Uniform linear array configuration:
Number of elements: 4
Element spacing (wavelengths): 0.5
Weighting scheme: cosine
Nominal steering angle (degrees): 45
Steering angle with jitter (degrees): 44.187
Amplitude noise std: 0.05
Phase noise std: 0.05

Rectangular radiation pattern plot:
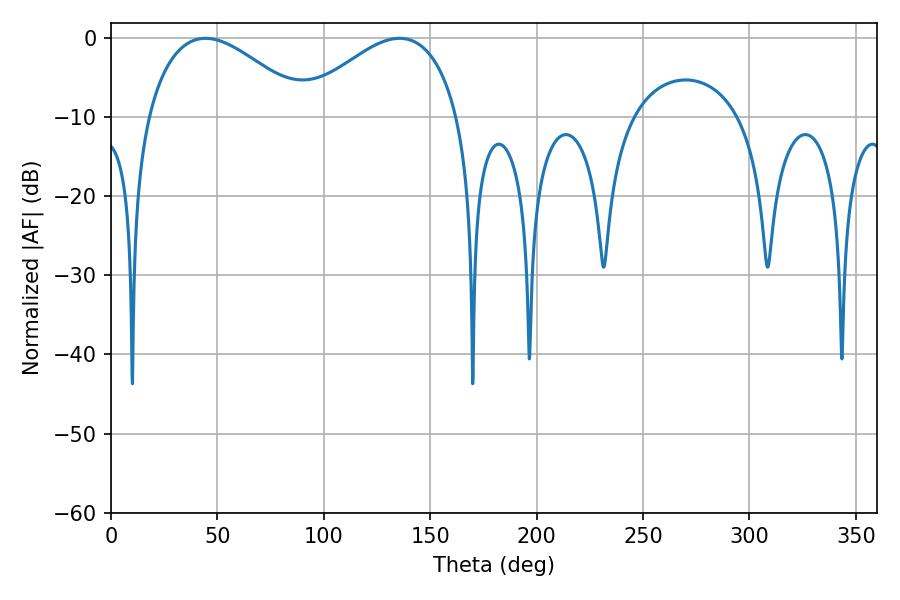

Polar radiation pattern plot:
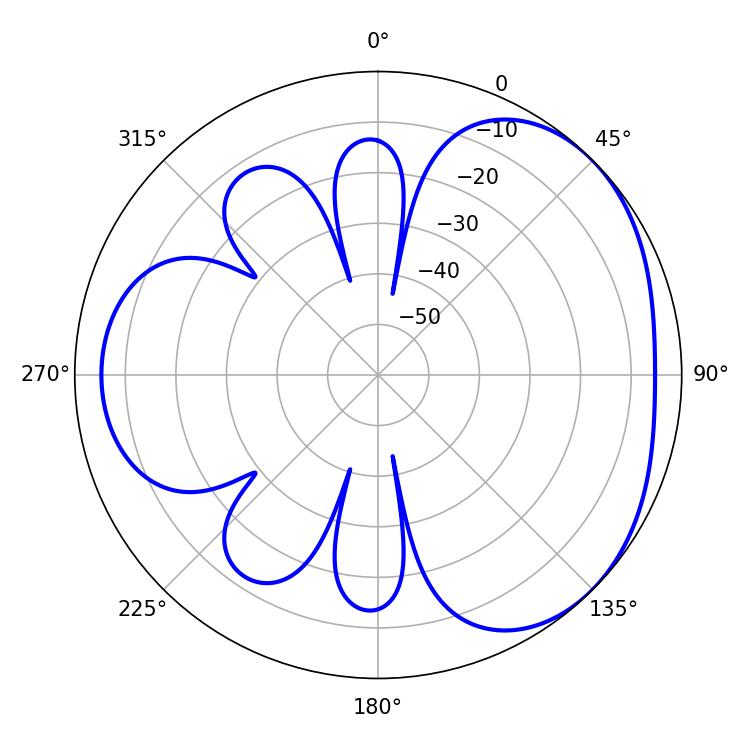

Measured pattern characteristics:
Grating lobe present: FALSE
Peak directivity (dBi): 3.392
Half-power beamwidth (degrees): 41.22
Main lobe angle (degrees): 44.46